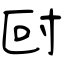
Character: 尀